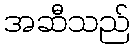
အဆီသည်